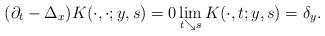
LaTeX: \begin{align*} (\partial_t - \Delta_x ) K(\cdot, \cdot ; y, s) = 0 \lim_{t \searrow s} K(\cdot, t; y,s) = \delta_y.\end{align*}